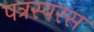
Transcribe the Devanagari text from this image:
पत्रस्वरस